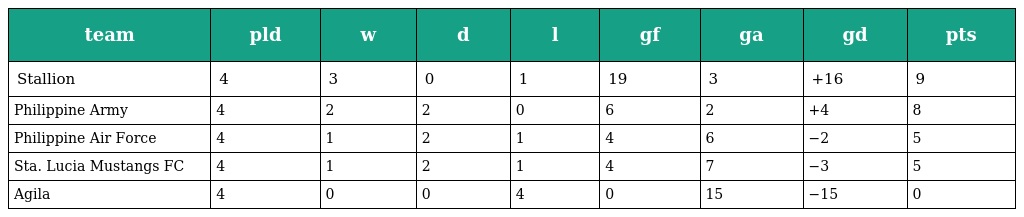
| team | pld | w | d | l | gf | ga | gd | pts |
 | --- | --- | --- | --- | --- | --- | --- | --- | --- |
 | Stallion | 4 | 3 | 0 | 1 | 19 | 3 | +16 | 9 |
 | Philippine Army | 4 | 2 | 2 | 0 | 6 | 2 | +4 | 8 |
 | Philippine Air Force | 4 | 1 | 2 | 1 | 4 | 6 | −2 | 5 |
 | Sta. Lucia Mustangs FC | 4 | 1 | 2 | 1 | 4 | 7 | −3 | 5 |
 | Agila | 4 | 0 | 0 | 4 | 0 | 15 | −15 | 0 |